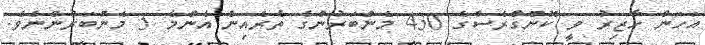
އަހަން ހާޒިރު ވީ ކޮންގްރެސްގެ 430 މެންބަރުންގެ ތެރެއިން އެންމެ 5 މެންބަރުންނެވެ.